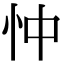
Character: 忡